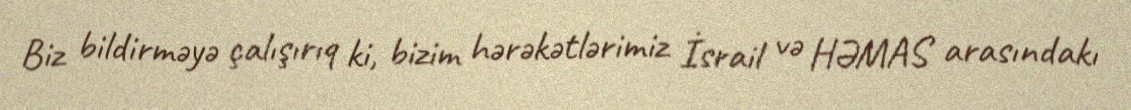
Biz bildirməyə çalışırıq ki, bizim hərəkətlərimiz İsrail və HƏMAS arasındakı